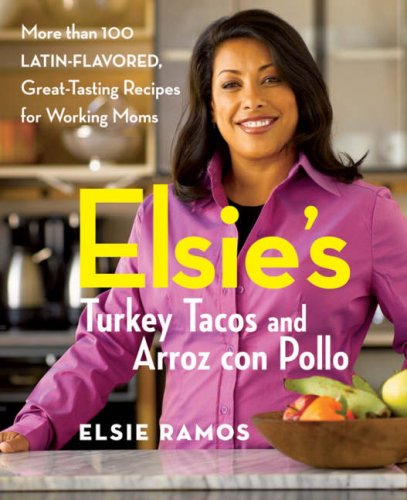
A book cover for Elsies Turkey Tacos and Arroz con Pollo: More than 100 Latin-Flavored, Great-Tasting Recipes for Working Moms; Elsie Ramos; Cookbooks, Food & Wine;